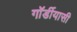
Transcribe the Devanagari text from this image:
गॉर्डीयासी